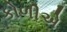
કોળીએ